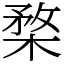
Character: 楘